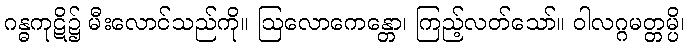
ဂန္ဓကုဋိ၌ မီးလောင်သည်ကို။ ဩလောကေန္တော၊ ကြည့်လတ်သော်။ ဝါလဂ္ဂမတ္တမ္ပိ၊